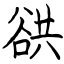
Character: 谼